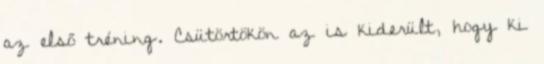
az első tréning. Csütörtökön az is kiderült, hogy ki